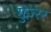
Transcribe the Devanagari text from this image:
गुज़्रर